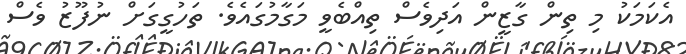
އެކަމަކު މި ތިން ގާޒީން އަދިވެސް ތިއްބެވީ މަގާމުގައެވެ. ތަހުގީގަށް ނުފޫޒު ވެސް